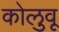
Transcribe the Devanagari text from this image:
कोलुवू